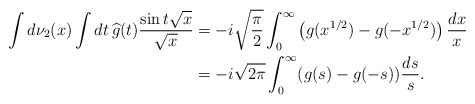
\begin{align*}\int d\nu_2(x) \int dt\, \widehat{g}(t)\frac{\sin{t\sqrt{x}}}{\sqrt{x}} & =-i\sqrt{\frac{\pi}{2}}\int_0^{\infty} \left( g(x^{1/2})-g(-x^{1/2})\right) \frac{dx}{x}\\& = -i\sqrt{2\pi} \int_0^{\infty} (g(s)-g(-s))\frac{ds}{s} .\end{align*}